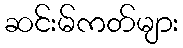
ဆင်းမ်ကတ်များ